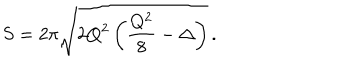
S = 2 \pi \sqrt { 2 Q ^ { 2 } \left( \frac { Q ^ { 2 } } { 8 } - \Delta \right) } \, .